system: You are a helpful assistant.
user:
Analyze the provided spectrum to determine if it is a **Carbon Star (C-type)**.

- **Key Visual Indicators of Carbon Star:**
    - **(Primary):** Strong molecular absorption from **C₂ (diatomic carbon) "Swan Bands."** This is the **defining feature** of a carbon star.
        - **(Key Bandheads):** Sharp absorption edges are visible at approximately $5635$ Å, $5165$ Å (the strongest band), and $4737$ Å.
        - **(Line Profile):** Creates a distinct **"saw-tooth"** pattern. The key morphology is a sharp, steep bandhead on the **red (long-wavelength) side**, which then gradually tapers off (i.e., flux recovers) towards the **blue (short-wavelength) side**. *(This is the direct opposite of the TiO bands seen in M-type stars)*.

    - **(Secondary):** Intense **CN (cyanogen)** molecular absorption bands.
        - **(Key Bandheads):** Located in the blue and violet regions of the spectrum (e.g., near $4215$ Å and $3883$ Å).
        - **(Morphology):** These bands are extremely broad and act as a "blanket," absorbing the vast majority of blue and violet light. This creates a characteristic **"cliff"** or **"steep drop-off"** in the spectrum's flux at short wavelengths.

    - **(Key Confirmation):** Strong **CH absorption band (G-band)**.
        - **(Key Bandhead):** Located around $4300$ Å. The contribution from CH molecules to this band is exceptionally strong.

    - **(Overall Spectrum):**
        - The continuum is severely "chopped up" by these deep molecular bands, especially C₂, rather than appearing as a smooth curve.
        - Due to the heavy CN and C₂ absorption in the blue-green, the vast majority of the star's flux is concentrated in the red part of the spectrum, giving the star its characteristic deep red color.

Think first, call **spectral_visualization_tool** if needed to examine features in detail, then provide your final answer. Your response must adhere to the following strict rules:
1.  **Overall Structure:** Your response must follow the format `<think>...</think> <tool_call>...</tool_call> (if a tool is used) <answer>...</answer>`.
2.  **Tool Usage Constraint:** You may only make **one** tool call per turn.
3.  **Final Answer Format:** In the `<answer>` tag, your conclusion must be inside a `\boxed{}` command (e.g., `\boxed{YES}`), followed by your justification.

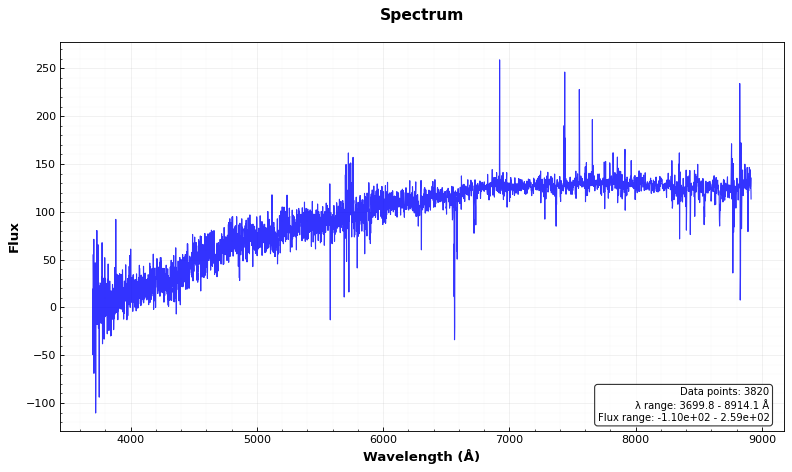
Answer: NO